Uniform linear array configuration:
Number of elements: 8
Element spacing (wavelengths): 1
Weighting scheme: uniform
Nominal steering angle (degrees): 0
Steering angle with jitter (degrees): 1.545
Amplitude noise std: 0.05
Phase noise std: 0.05

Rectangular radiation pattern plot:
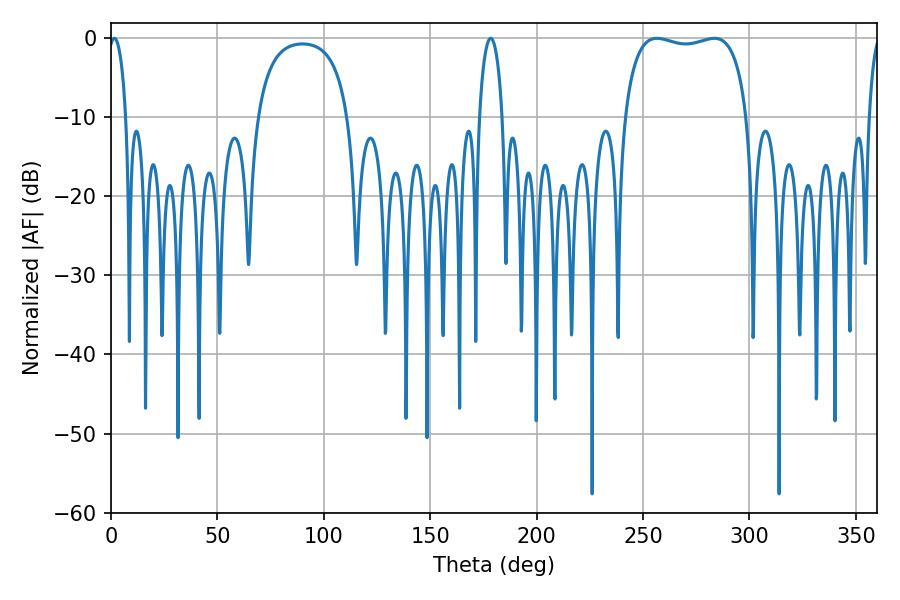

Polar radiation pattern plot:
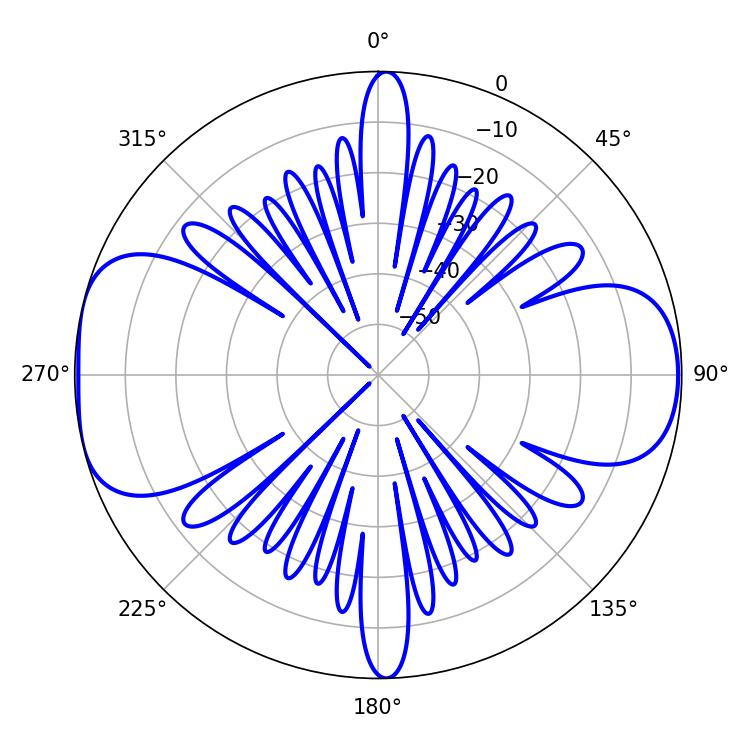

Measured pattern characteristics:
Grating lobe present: TRUE
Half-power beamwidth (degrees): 46.8
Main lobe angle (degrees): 256.5